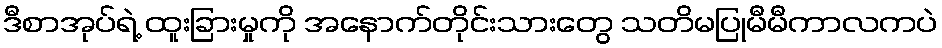
ဒီစာအုပ်ရဲ့ ထူးခြားမှုကို အနောက်တိုင်းသားတွေ သတိမပြုမီမီကာလကပဲ